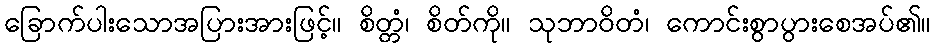
ခြောက်ပါးသောအပြားအားဖြင့်။ စိတ္တံ၊ စိတ်ကို။ သုဘာဝိတံ၊ ကောင်းစွာပွားစေအပ်၏။